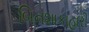
બિનશાકાહારી